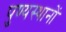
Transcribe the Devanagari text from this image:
पुण्यस्थानों